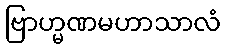
ဗြာဟ္မဏမဟာသာလံ